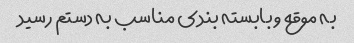
به موقع و بابسته بندی مناسب به دستم رسید